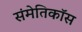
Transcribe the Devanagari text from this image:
संमेतिकॉस